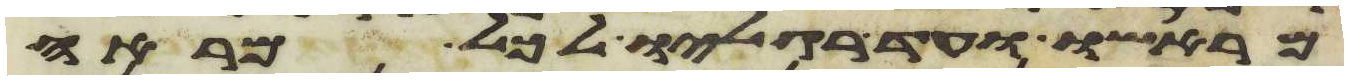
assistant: מראשו עד רגליו לכל מראה